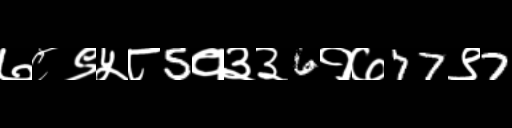
Text: ७८९५८5१३३6१७77९7